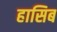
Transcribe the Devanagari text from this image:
हासिब